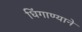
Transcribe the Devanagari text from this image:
धिंगाण्याने